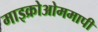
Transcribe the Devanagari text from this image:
माइक्रोओममापी